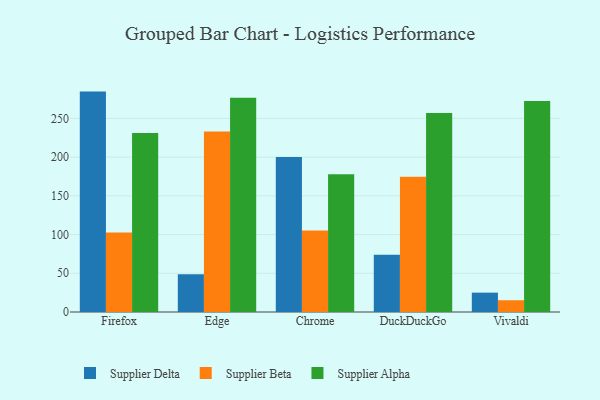
{"axis": {"x": "Browser", "y": "LTV (USD)"}, "legend": ["Supplier Alpha", "Supplier Beta", "Supplier Delta"], "data": [{"x": "Firefox", "y": 284.6, "type": "Supplier Delta"}, {"x": "Firefox", "y": 102.8, "type": "Supplier Beta"}, {"x": "Firefox", "y": 231.1, "type": "Supplier Alpha"}, {"x": "Edge", "y": 48.7, "type": "Supplier Delta"}, {"x": "Edge", "y": 233.0, "type": "Supplier Beta"}, {"x": "Edge", "y": 276.5, "type": "Supplier Alpha"}, {"x": "Chrome", "y": 200.1, "type": "Supplier Delta"}, {"x": "Chrome", "y": 105.3, "type": "Supplier Beta"}, {"x": "Chrome", "y": 177.9, "type": "Supplier Alpha"}, {"x": "DuckDuckGo", "y": 73.8, "type": "Supplier Delta"}, {"x": "DuckDuckGo", "y": 174.5, "type": "Supplier Beta"}, {"x": "DuckDuckGo", "y": 257.1, "type": "Supplier Alpha"}, {"x": "Vivaldi", "y": 25.0, "type": "Supplier Delta"}, {"x": "Vivaldi", "y": 15.2, "type": "Supplier Beta"}, {"x": "Vivaldi", "y": 272.5, "type": "Supplier Alpha"}]}